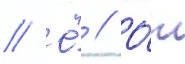
// Ё́ // О́т